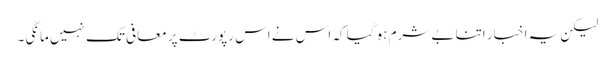
لیکن یہ اخبار اتنا بے شرم ہو گیا کہ اس نے اس رپورٹ پر معافی تک نہیں مانگی۔